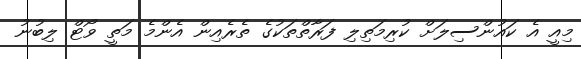
މިއީ އެ ކައުންސިލަށް ކުރިމަތިލި ފަރާތްތަކުގެ ތެރެއިން އެންމެ މަތީ ވޯޓް ލިބުނު